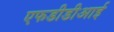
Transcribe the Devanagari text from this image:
एफडीडीआई